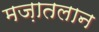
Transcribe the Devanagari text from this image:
मज़ातलान